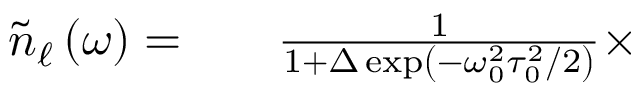
\begin{array} { r l r } { \tilde { n } _ { \ell } \left( \omega \right) = } & { { } } & { \frac { 1 } { 1 + \Delta \exp \left( - \omega _ { 0 } ^ { 2 } \tau _ { 0 } ^ { 2 } / 2 \right) } \times } \end{array}